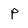
Character: P